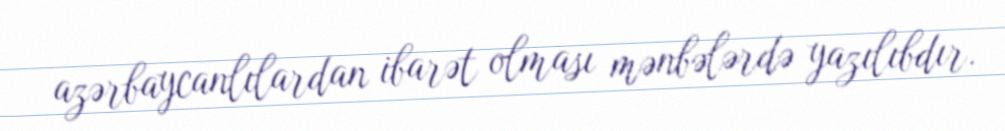
azərbaycanlılardan ibarət olması mənbələrdə yazılıbdır.